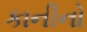
કાનીનો